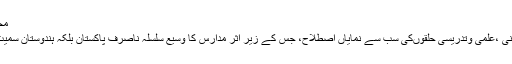
محراب…ڈاکٹر طاہر رضا بخاری
’’درس نظامی‘‘ برصغیر کے دینی ،علمی وتدریسی حلقوںکی سب سے نمایاں اصطلاح، جس کے زیر اثر مدارس کا وسیع سلسلہ ناصرف پاکستان بلکہ ہندوستان سمیت جنوب ایشا ء میں پھیلا ہوا ہے۔